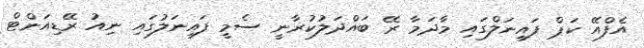
އެފްއޭ ކަޕް ފައިނަލްގައި މާދަމާ ރޭ ބައްދަލުކުރާނީ ސެމީ ފައިނަލުގައި ނިއު ރޭޑިއަންޓް